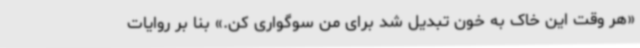
«هر وقت این خاک به خون تبدیل شد برای من سوگواری کن.» بنا بر روایات